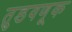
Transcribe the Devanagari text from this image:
तुडवणूक